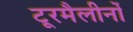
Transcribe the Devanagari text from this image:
टूरमैलीनों